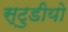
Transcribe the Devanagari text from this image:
स्टुडीयो